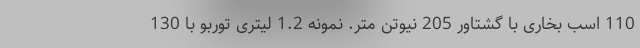
110 اسب بخاری با گشتاور 205 نیوتن متر. نمونه 1.2 لیتری توربو با 130